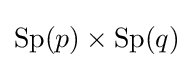
\mathrm {Sp} (p)\times \mathrm {Sp} (q)